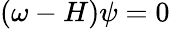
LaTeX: \begin{array}{r}{(\omega-H)\psi=0}\end{array}